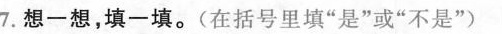
7.想一想，填一填。(在括号里填”是”或”不是”)